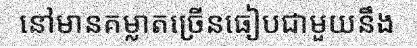
នៅមានគម្លាតច្រើនធៀបជាមួយនឹង